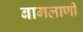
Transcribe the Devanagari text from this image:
बागलाणी